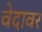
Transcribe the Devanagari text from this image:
वेदावर